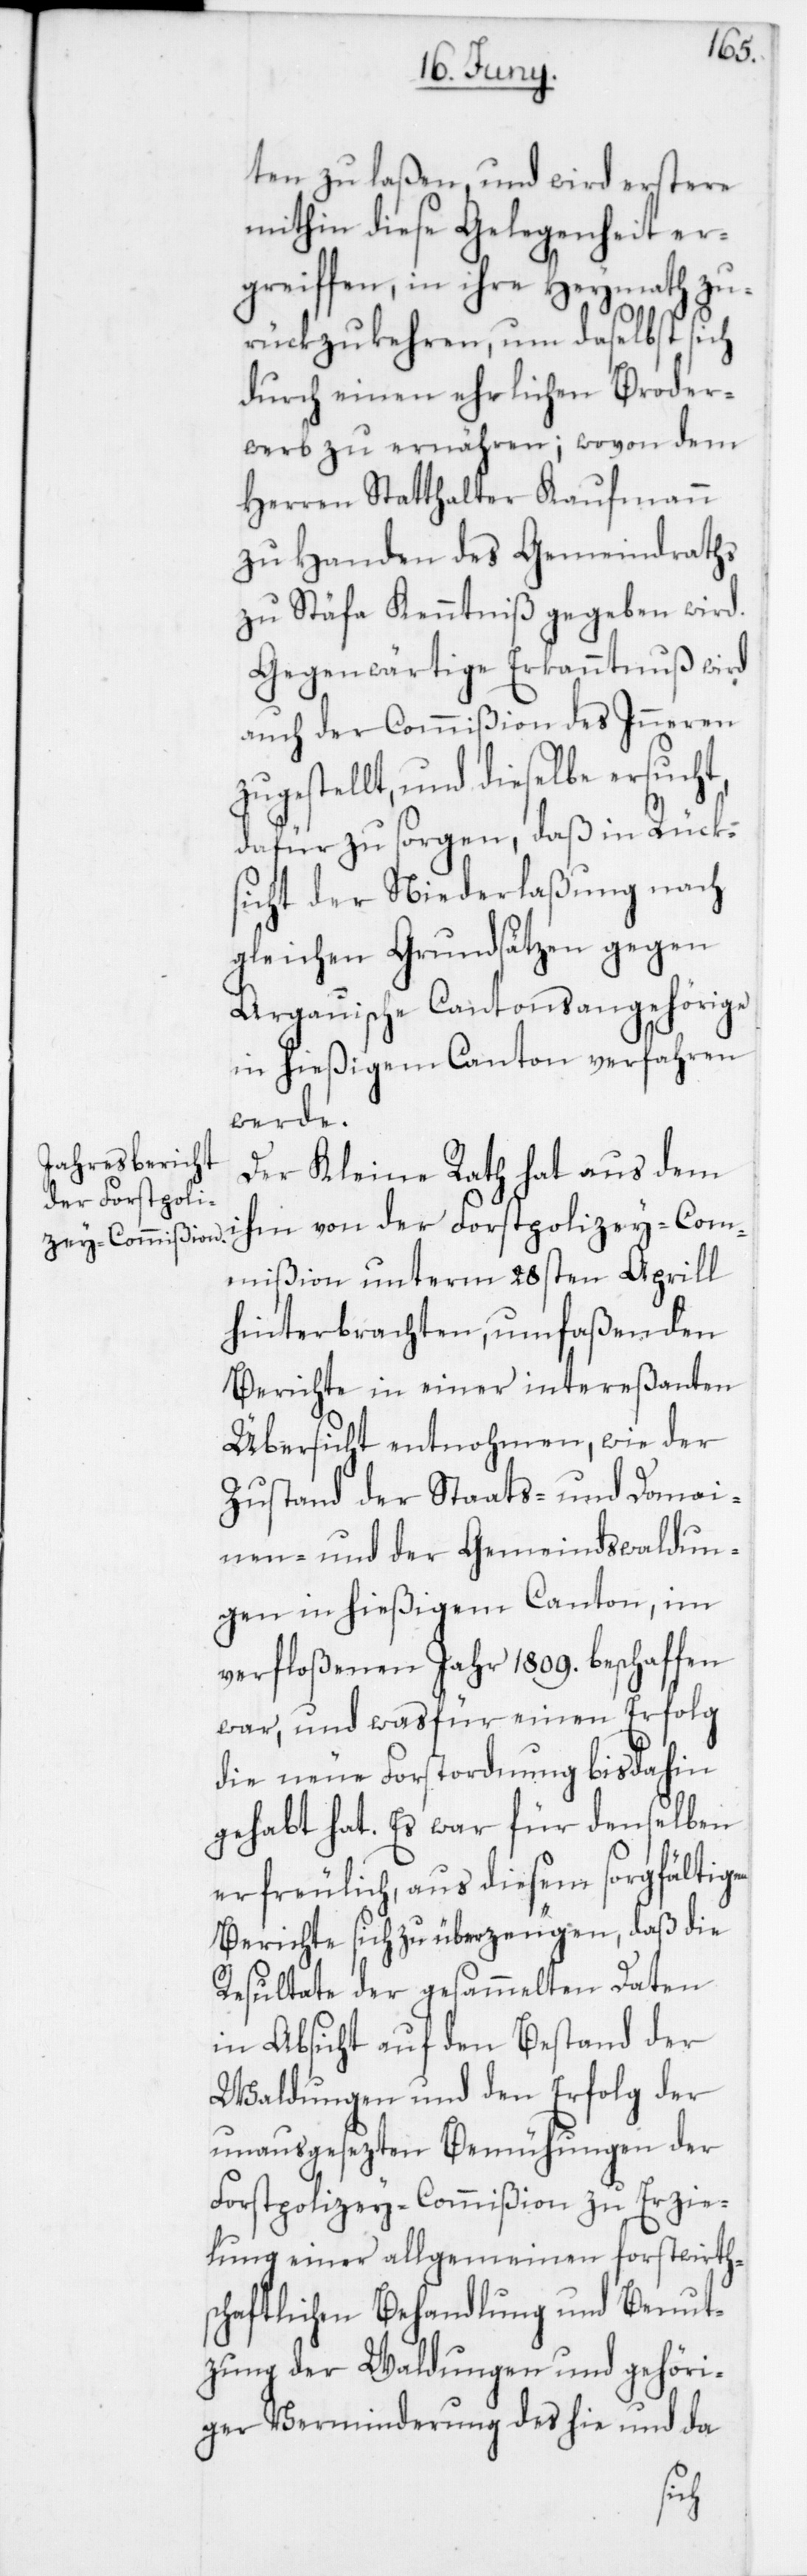
ten zu laßen, und wird erstere
mithin diese Gelegenheit er¬
greiffen, in ihre Heymath zu¬
rückzukehren, um daselbst sich
durch einen ehrlichen Broder¬
werb zu ernähren; wovon dem
Herren Statthalter Kaufmann
zu Handen des Gemeindraths
zu Stäfa Kenntniß gegeben wird.
Gegenwärtige Erkanntnuß wird
auch der Commißion des Inneren
zugestellt, und dieselbe ersucht,
dafür zu sorgen, daß in Rücks¬
icht der Niederlaßung nach
gleichen Grundsätzen gegen
Argauische Cantonsangehörige
in hießigem Canton verfahren
werde.
Der Kleine Rath hat aus dem
ihm von der Forstpolizey-Com¬
mißion unterm 28sten Aprill
hinterbrachten, umfaßenden
Berichte in einer intereßanten
Übersicht entnohmen, wie der
Zustand der Staats- und Domai¬
nen- und der Gemeindswaldun¬
gen in hießigem Canton, im
verfloßenen Jahr 1809. beschaffen
war, und was für einen Erfolg
die neue Forstordnung bisdahin
gehabt hat. Es war für denselben
erfreulich, aus diesem sorgfältigen
Berichte sich zu überzeugen, daß die
Resultate der gesammelten Daten
in Absicht auf den Bestand der
Waldungen und den Erfolg der
unausgesezten Bemühungen der
Forstpolizey-Commißion zu Erzie¬
lung einer allgemeinen forstwirth¬
schaftlichen Behandlung und Benut¬
zung der Waldungen und gehöri¬
ger Verminderung des hie und da